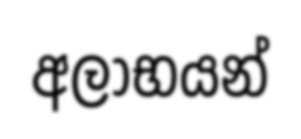
අලාභයන්